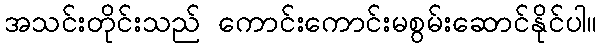
အသင်းတိုင်းသည် ကောင်းကောင်းမစွမ်းဆောင်နိုင်ပါ။